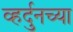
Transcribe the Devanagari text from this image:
व्हर्दुनच्या